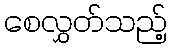
စေလွှတ်သည့်